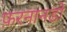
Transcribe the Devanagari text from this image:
फ़रनानडो